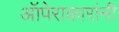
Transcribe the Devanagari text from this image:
ऑपेराकारांनी